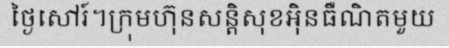
ថ្ងៃសៅរ៍។ក្រុមហ៊ុនសន្តិសុខអ៊ិនធឺណិតមួយ